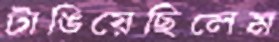
টাঙিয়েছিলেম